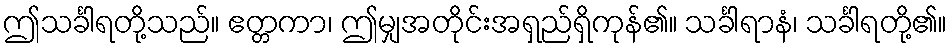
ဤသင်္ခါရတို့သည်။ ဧတ္တကာ၊ ဤမျှအတိုင်းအရှည်ရှိကုန်၏။ သင်္ခါရာနံ၊ သင်္ခါရတို့၏။